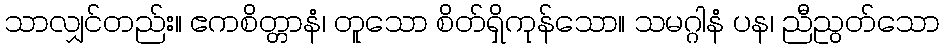
သာလျှင်တည်း။ ဧကစိတ္တာနံ၊ တူသော စိတ်ရှိကုန်သော။ သမဂ္ဂါနံ ပန၊ ညီညွတ်သော